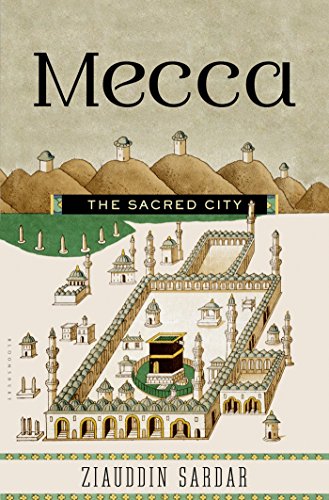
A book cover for Mecca: The Sacred City; Ziauddin Sardar; History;